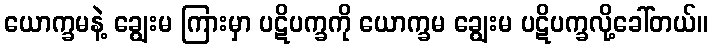
ယောက္ခမနဲ့ ချွေးမ ကြားမှာ ပဋိပက္ခကို ယောက္ခမ ချွေးမ ပဋိပက္ခလို့ခေါ်တယ်။